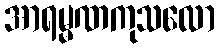
အာရမ္မဏကုသလော